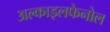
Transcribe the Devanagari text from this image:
अल्काइलफेनोल